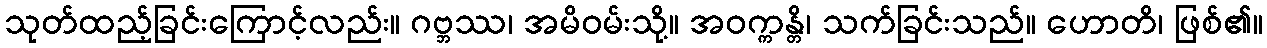
သုတ်ထည့်ခြင်းကြောင့်လည်း။ ဂဗ္ဘဿ၊ အမိဝမ်းသို့။ အဝက္ကန္တိ၊ သက်ခြင်းသည်။ ဟောတိ၊ ဖြစ်၏။